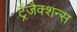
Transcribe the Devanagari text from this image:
ट्रैंजैक्शन्स